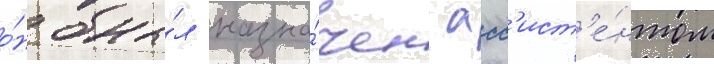
о́н бы́л назна́чен асс'ист'е́нтом